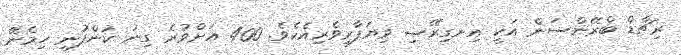
ރިޗާޑް ބްރޭންސަން އަކީ އިނގިރޭސި ވިޔަފާރިވެރިއެކެވެ. 400 އަށްވުރެ ގިނަ ކުންފުނި ހިމެނޭ